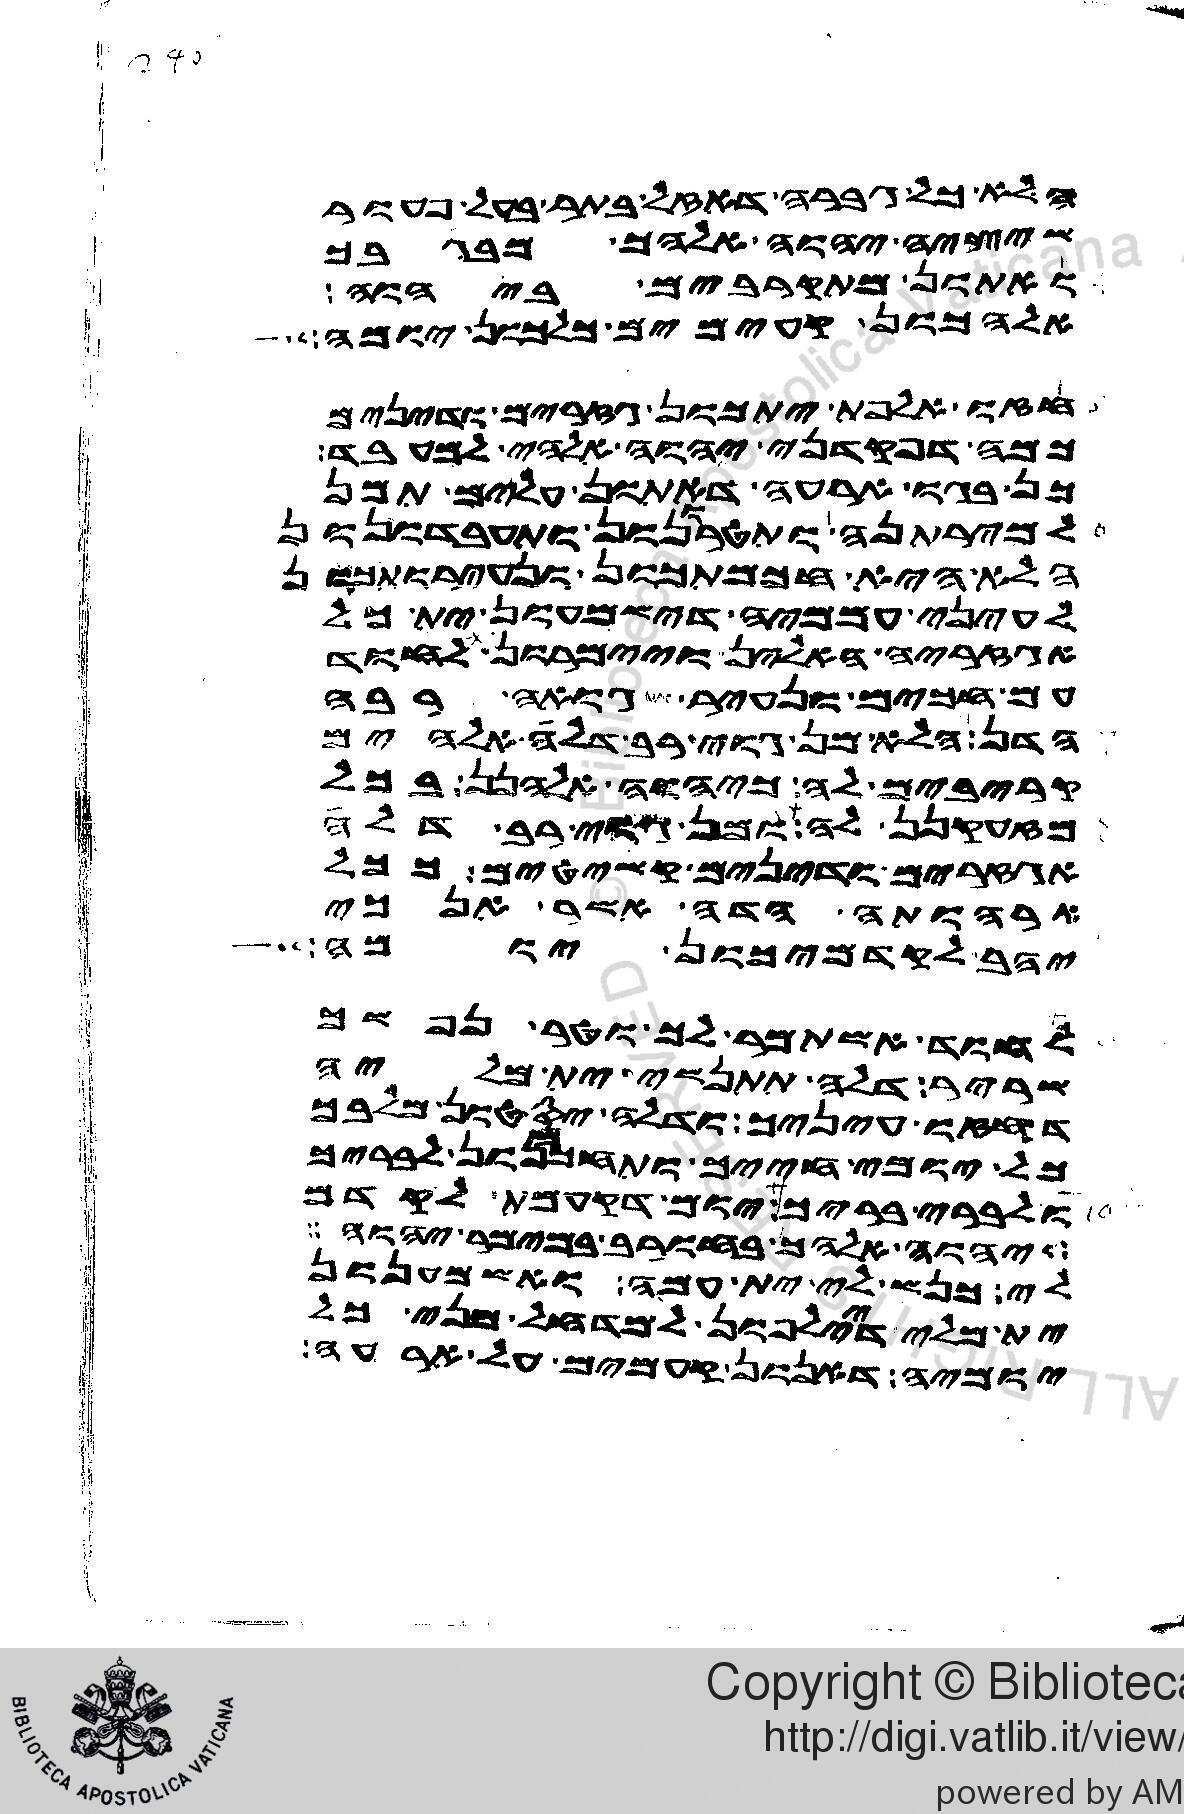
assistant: הלא כל גברה דאזל בתר בעל פעור
שיציה יהוה אלהך מבגבך
ואתון מתקרבים ביהוה
אלהכון קעימים כלכון יומה
חזו אלפת יתכון גזרים ודינים
כמה דפקדני יהוה אלהי למעבד
כן בגו ארעה דאתון עלים תמן
למירתנה ותטרונון ותעבדונון
הלא היא חכמתכון ונעירותכון
לעיני עממיה דישמעון ית כל
אגזריה האלין ויימרון לחוד
עם חכים ונעיר גואה רבה
הדן הלא מן גוי רב דלה אלהים
קריבים לה כיהוה אלהנן בכל
מזעקנן לה ומן גוי רב דלה
אגזרים ודינים קשיטים ככל
ארהותה הדה אמר אנכי
יהב לקדמיכון יומה
לחוד אשתמר לך וטר נפשך
שריר דלה תתנשי ית מליה
דחזו עיניך ודלה יסטון מלבך
כל יומי חייך ותחכמנון לבריך
ולברי בריך יום דקעמת לקדם
יהוה אלהך בחורב במימר יהוה
לי כנש לי ית עמה ואשמענון
ית מלי דיילפון למדחל מני כל
יומיה דאנון קעמים על ארעה